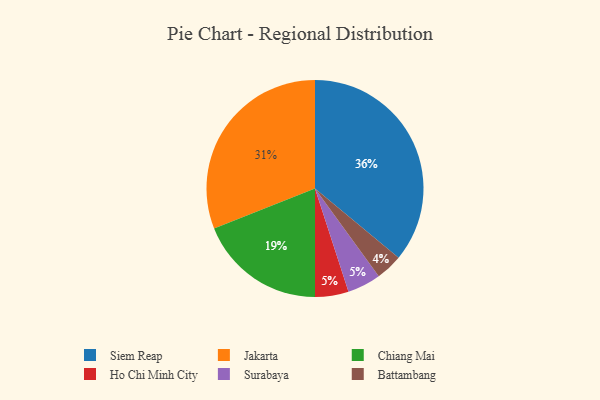
{"axis": {"x": "Category", "y": "Percentage"}, "legend": ["Battambang", "Chiang Mai", "Ho Chi Minh City", "Jakarta", "Siem Reap", "Surabaya"], "data": [{"x": "Ho Chi Minh City", "y": 5, "type": "Ho Chi Minh City"}, {"x": "Siem Reap", "y": 36, "type": "Siem Reap"}, {"x": "Battambang", "y": 4, "type": "Battambang"}, {"x": "Jakarta", "y": 31, "type": "Jakarta"}, {"x": "Surabaya", "y": 5, "type": "Surabaya"}, {"x": "Chiang Mai", "y": 19, "type": "Chiang Mai"}]}